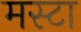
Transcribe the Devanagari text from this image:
मस्टा